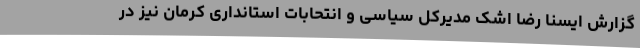
گزارش ایسنا رضا اشک مدیرکل سیاسی و انتحابات استانداری کرمان نیز در